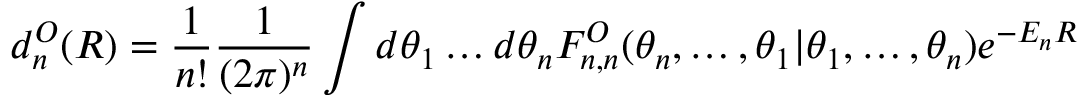
d _ { n } ^ { \cal O } ( R ) = \frac { 1 } { n ! } \frac { 1 } { ( 2 \pi ) ^ { n } } \int d \theta _ { 1 } \ldots d \theta _ { n } F _ { n , n } ^ { \cal O } ( \theta _ { n } , \ldots , \theta _ { 1 } | \theta _ { 1 } , \ldots , \theta _ { n } ) e ^ { - E _ { n } R } \, \, \,